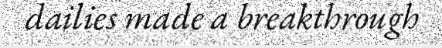
dailies made a breakthrough